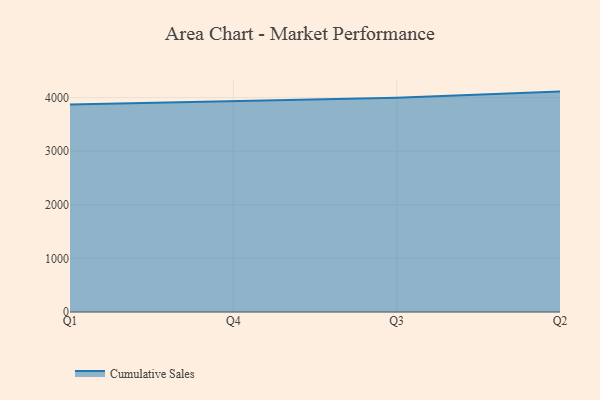
{"axis": {"x": "Quarter", "y": "Backlog"}, "legend": ["Cumulative Sales"], "data": [{"x": "Q1", "y": 3871.0, "type": "Cumulative Sales"}, {"x": "Q4", "y": 3935.8, "type": "Cumulative Sales"}, {"x": "Q3", "y": 3998.8, "type": "Cumulative Sales"}, {"x": "Q2", "y": 4111.6, "type": "Cumulative Sales"}]}